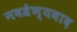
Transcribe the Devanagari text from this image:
नवश्रेण्यवाद